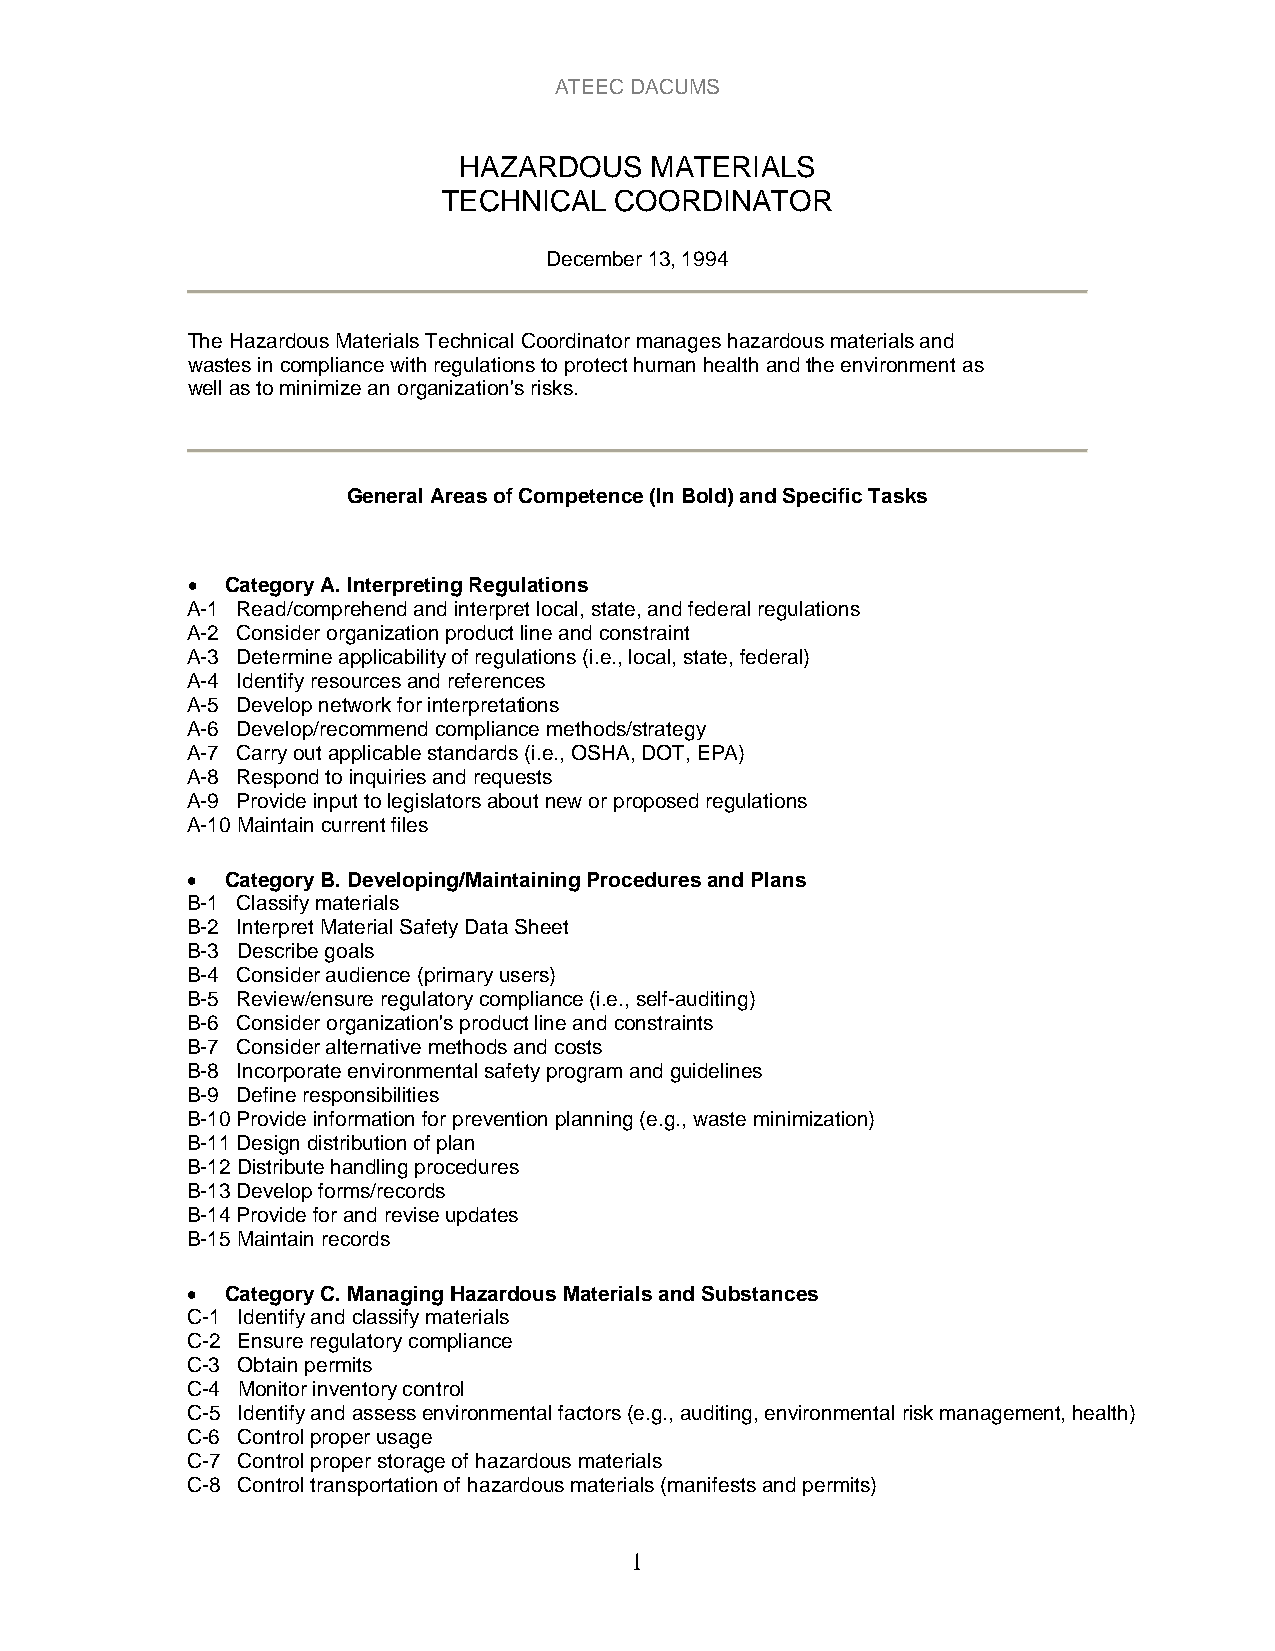
ATEEC DACUMS
 HAZARDOUS    MATERIALS
 TECHNICAL   COORDINATOR
 December 13, 1994
 The Hazardous Materials Technical Coordinator manages hazardous materials and
 wastes in compliance with regulations to protect human health and the environment as
 well as to minimize an organization's risks.
 General Areas of Competence (In Bold) and Specific Tasks
 •  Category A. Interpreting Regulations
 A-1 Read/comprehend and interpret local, state, and federal regulations
 A-2 Consider organization product line and constraint
 A-3 Determine applicability of regulations (i.e., local, state, federal)
 A-4 Identify resources and references
 A-5 Develop network for interpretations
 A-6 Develop/recommend compliance methods/strategy
 A-7 Carry out applicable standards (i.e., OSHA, DOT, EPA)
 A-8 Respond to inquiries and requests
 A-9 Provide input to legislators about new or proposed regulations
 A-10 Maintain current files
 •  Category B. Developing/Maintaining Procedures and Plans
 B-1 Classify materials
 B-2 Interpret Material Safety Data Sheet
 B-3 Describe goals
 B-4 Consider audience (primary users)
 B-5 Review/ensure regulatory compliance (i.e., self-auditing)
 B-6 Consider organization's product line and constraints
 B-7 Consider alternative methods and costs
 B-8 Incorporate environmental safety program and guidelines
 B-9 Define responsibilities
 B-10 Provide information for prevention planning (e.g., waste minimization)
 B-11 Design distribution of plan
 B-12 Distribute handling procedures
 B-13 Develop forms/records
 B-14 Provide for and revise updates
 B-15 Maintain records
 •  Category C. Managing Hazardous Materials and Substances
 C-1 Identify and classify materials
 C-2 Ensure regulatory compliance
 C-3 Obtain permits
 C-4 Monitor inventory control
 C-5 Identify and assess environmental factors (e.g., auditing, environmental risk management, health)
 C-6 Control proper usage
 C-7 Control proper storage of hazardous materials
 C-8 Control transportation of hazardous materials (manifests and permits)
 1